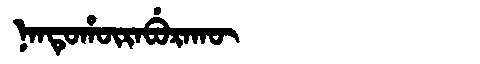
Manchu: ᠨᠠᠨᡨᡠᡥᡡᡵᠠᠪᡠᡵᠠᡴᡡ
Romanization: NANTUHŪRABURAKŪ